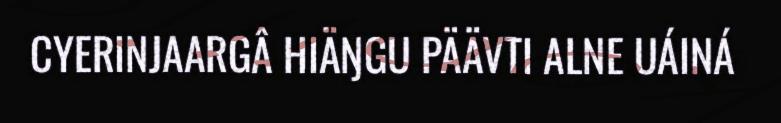
CYERINJAARGÂ HIÄŊGU PÄÄVTI ALNE UÁINÁ